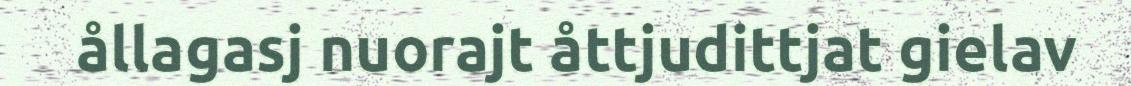
ållagasj nuorajt åttjudittjat gielav